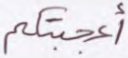
أعجبتكم